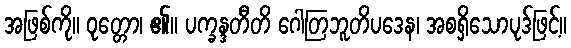
အဖြစ်ကို။ ဝုတ္တော၊ ၏။ ပက္ခန္ဒတီတိ ဂေါတြဘူတိပဒေန၊ အစရှိသောပုဒ်ဖြင့်။